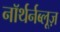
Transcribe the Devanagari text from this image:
नॉर्थर्नब्लूज़